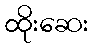
ထိုးဆေး